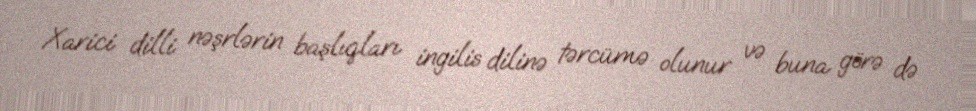
Xarici dilli nəşrlərin başlıqları ingilis dilinə tərcümə olunur və buna görə də